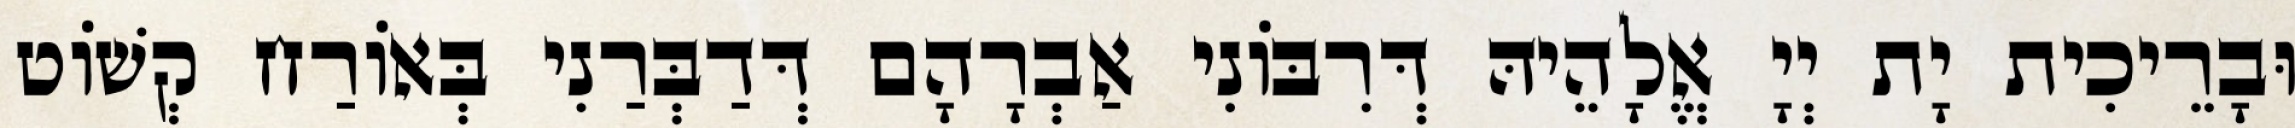
וּבָרֵיכִית יָת יְיָ אֱלָהֵיהּ דְּרִבּוֹנִי אַבְרָהָם דְּדַבְּרַנִי בְּאוֹרַח קְשׁוֹט